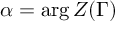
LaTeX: \alpha = \arg Z ( \Gamma )